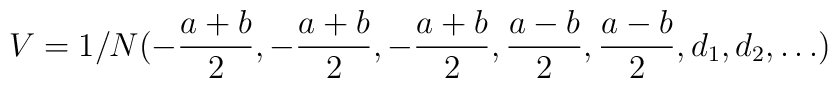
V= 1/N ( -\frac {a+b}2, -\frac {a+b}2,-\frac {a+b}2,\frac{a-b}2,\frac{a-b}2, d_1,d_2, \dots )